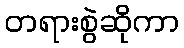
တရားစွဲဆိုကာ